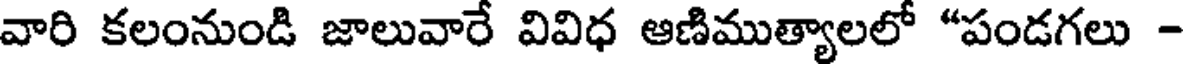
వారి కలంనుండి జాలువారే వివిధ ఆణిముత్యాలలో "పండగలు -